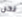
نحن